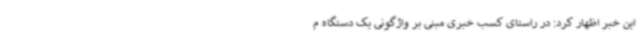
این خبر اظهار کرد: در راستای کسب خبری مبنی بر واژگونی یک دستگاه م